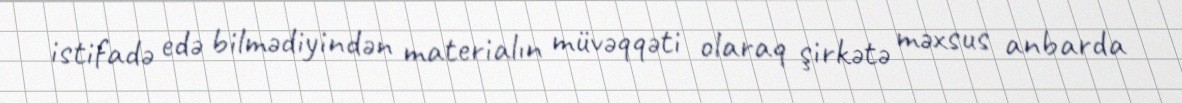
istifadə edə bilmədiyindən materialın müvəqqəti olaraq şirkətə məxsus anbarda